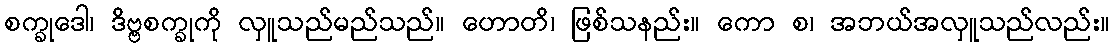
စက္ခုဒေါ၊ ဒိဗ္ဗစက္ခုကို လှူသည်မည်သည်။ ဟောတိ၊ ဖြစ်သနည်း။ ကော စ၊ အဘယ်အလှူသည်လည်း။